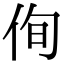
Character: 侚